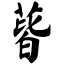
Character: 蒈